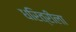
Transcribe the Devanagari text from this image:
धरित्रीला